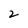
Character: 2